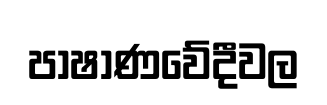
පාෂාණවේදීවල